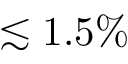
\lesssim 1 . 5 \%